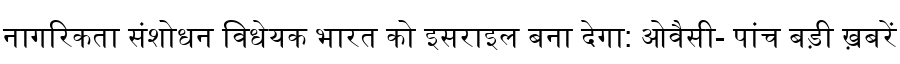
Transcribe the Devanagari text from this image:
नागरिकता संशोधन विधेयक भारत को इसराइल बना देगा: ओवैसी- पांच बड़ी ख़बरें